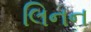
લિનન